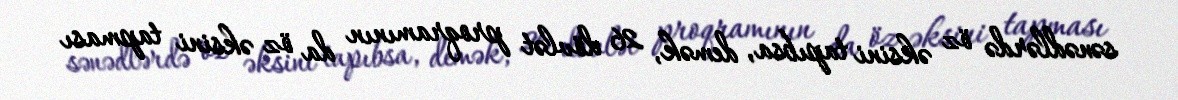
sənədlərdə öz əksini tapıbsa, demək, 26 dövlət proqramının da öz əksini tapması